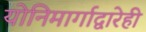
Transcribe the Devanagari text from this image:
योनिमार्गाद्वारेही